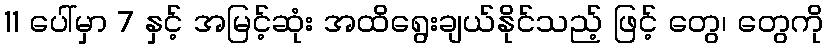
11 ပေါ်မှာ 7 နှင့် အမြင့်ဆုံး အထိရွေးချယ်နိုင်သည့် ဖြင့် တွေ၊ တွေကို